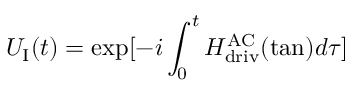
U _ { \mathrm { I } } ( t ) = \exp [ - i \int _ { 0 } ^ { t } H _ { \mathrm { d r i v } } ^ { \mathrm { A C } } ( \tan ) d \tau ]